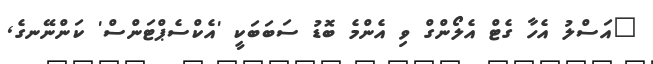
"އަސްލު އެހާ ގެޓް އެލޯންގް ވި އެންމެ ބޮޑު ސަބަބަކީ 'އެކްސެޕްޓަންސް' ކަންނޭނގެ